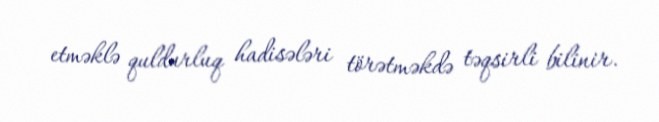
etməklə quldurluq hadisələri törətməkdə təqsirli bilinir.